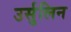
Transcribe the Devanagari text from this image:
उर्सुलिन